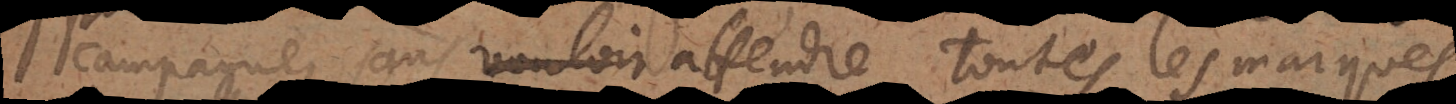
campagne, sans vouloir attendre toutes les marques